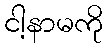
ငါ့နာမကို